Leaving Certificate Examination (including Day School Certificate (Higher) General paper), 1937
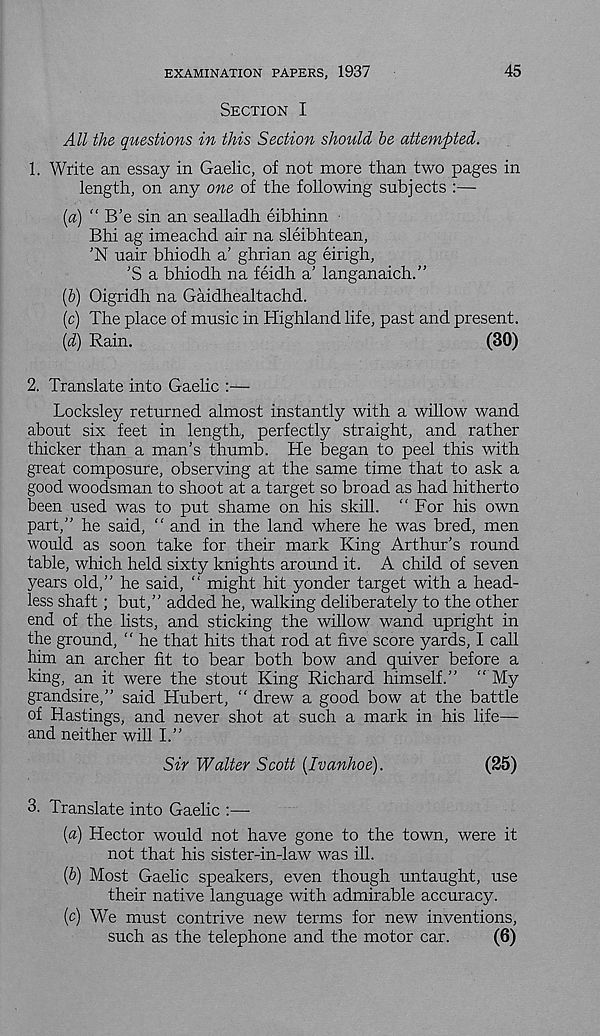
EXAMINATION PAPERS, 1937
45
Section I
All the questions in this Section should be attempted.
1. Write an essay in Gaelic, of not more than two pages in
length, on any one of the following subjects :—
(a) “ B’e sin an sealladh eibhinn
Bhi ag imeachd air na sleibhtean,
'N uair bhiodh a’ ghrian ag eirigh,
’S a bhiodh na feidh a' langanaich.”
(b) Oigridh na Gaidhealtachd.
(c) The place of music in Highland life, past and present.
(d) Rain.
(30)
2. Translate into Gaelic :—
Locksley returned almost instantly with a willow wand
about six feet in length, perfectly straight, and rather
thicker than a man's thumb. He began to peel this with
great composure, observing at the same time that to ask a
good woodsman to shoot at a target so broad as had hitherto
been used was to put shame on his skill. “ For his own
part,” he said, “ and in the land where he was bred, men
would as soon take for their mark King Arthur’s round
table, which held sixty knights around it. A child of seven
years old,” he said, ” might hit yonder target with a head-
less shaft; but,” added he, walking deliberately to the other
end of the lists, and sticking the willow wand upright in
the ground, “ he that hits that rod at five score yards, I call
him an archer fit to bear both bow and quiver before a
king, an it were the stout King Richard himself.” “ My
grandsire,” said Hubert, “ drew a good bow at the battle
of Hastings, and never shot at such a mark in his life—
and neither will I.”
Sir Walter Scott (Ivanhoe).
(25)
3. Translate into Gaelic :—
(a) Hector would not have gone to the town, were it
not that his sister-in-law was ill.
(b) Most Gaelic speakers, even though untaught, use
their native language with admirable accuracy.
(c) We must contrive new terms for new inventions,
such as the telephone and the motor car.
(6)